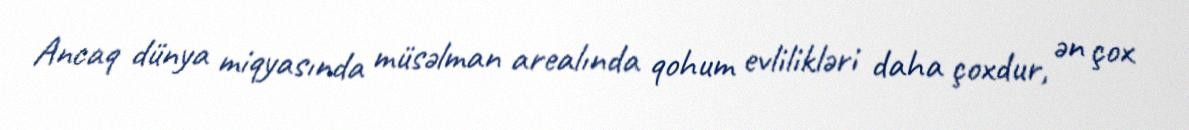
Ancaq dünya miqyasında müsəlman arealında qohum evlilikləri daha çoxdur, ən çox